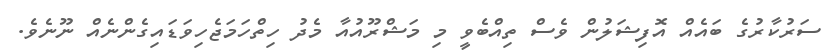
ސަރުކާރުގެ ބައެއް އޮފިޝަލުން ވެސް ތިއްބެވީ މި މަޝްރޫއުއާ މެދު ހިތްހަމަޖެހިވަޑައިގެންނެއް ނޫނެވެ.